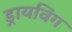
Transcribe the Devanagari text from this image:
ड्रायविंग